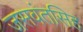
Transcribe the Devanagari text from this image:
जसवंतसिह